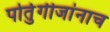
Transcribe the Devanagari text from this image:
पोर्तुगीजांनाच